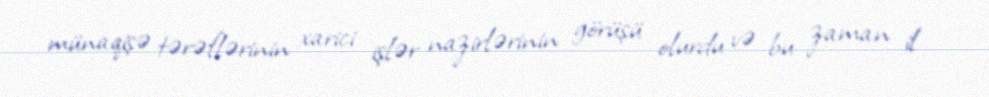
münaqişə tərəflərinin xarici işlər nazirlərinin görüşü olurdu və bu zaman il